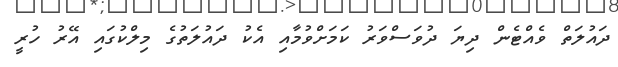
ދައުލަތް ވެއްޓެން ދިޔަ ދުވަސްވަރު ކަމަށްވުމާއި އެކު ދައުލަތުގެ މިލްކުގައި އޭރު ހުރީ